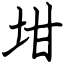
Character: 坩